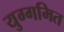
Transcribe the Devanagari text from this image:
युग्गमित